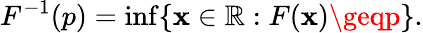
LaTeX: F^{-1}(p)=\operatorname*{inf}\{ \mathbf{x}\in\mathbb{{R}}:F(\mathbf{x})\geqp\} .